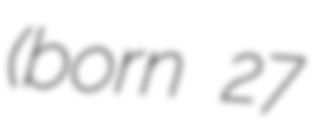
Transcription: (born 27